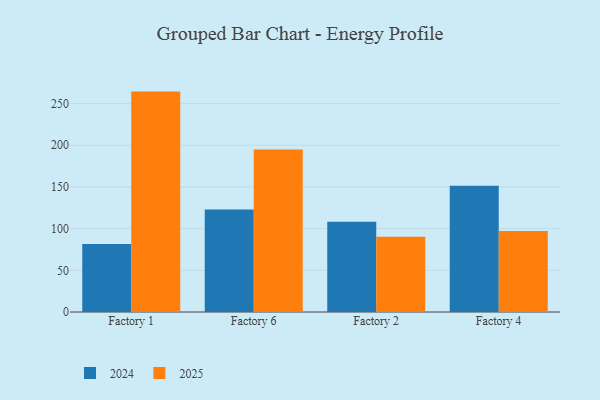
{"axis": {"x": "Factory", "y": "Budget (USD K)"}, "legend": ["2024", "2025"], "data": [{"x": "Factory 1", "y": 264.4, "type": "2025"}, {"x": "Factory 1", "y": 81.6, "type": "2024"}, {"x": "Factory 6", "y": 194.8, "type": "2025"}, {"x": "Factory 6", "y": 123.0, "type": "2024"}, {"x": "Factory 2", "y": 90.2, "type": "2025"}, {"x": "Factory 2", "y": 108.3, "type": "2024"}, {"x": "Factory 4", "y": 97.2, "type": "2025"}, {"x": "Factory 4", "y": 151.5, "type": "2024"}]}